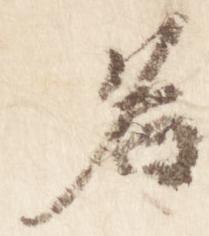
名